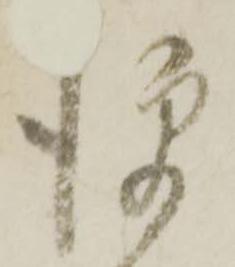
便